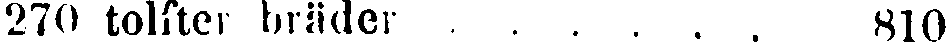
270 tolfter bräder . . . . . . 810.